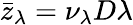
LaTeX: \bar{z}_{\lambda}=\nu_{\lambda}D\lambda